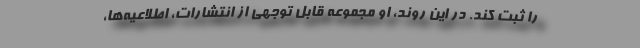
را ثبت کند. در این روند، او مجموعه قابل توجهی از انتشارات، اطلاعیه‌ها،